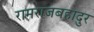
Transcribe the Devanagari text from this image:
रामराजबहादुर